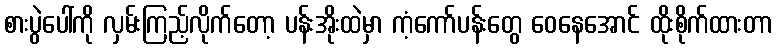
စားပွဲပေါ်ကို လှမ်းကြည့်လိုက်တော့ ပန်းအိုးထဲမှာ ကံ့ကော်ပန်းတွေ ဝေနေအောင် ထိုးစိုက်ထားတာ